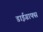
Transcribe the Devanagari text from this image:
डाईग्राफ्स